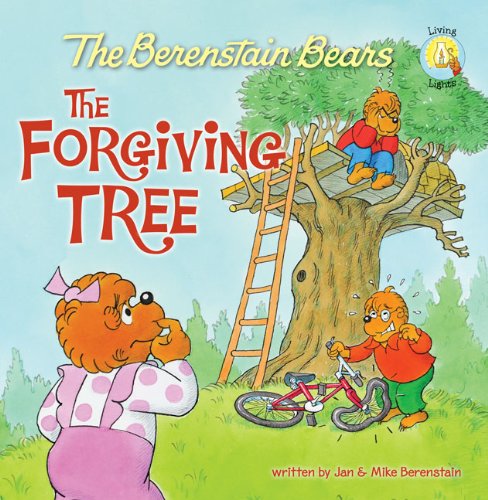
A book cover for The Berenstain Bears and the Forgiving Tree (Berenstain Bears/Living Lights); Jan Berenstain; Education & Teaching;